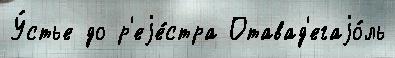
У́стье до р'еjе́стра Отавад'егаjо́ль